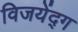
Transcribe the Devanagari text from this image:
विजयेंद्ग